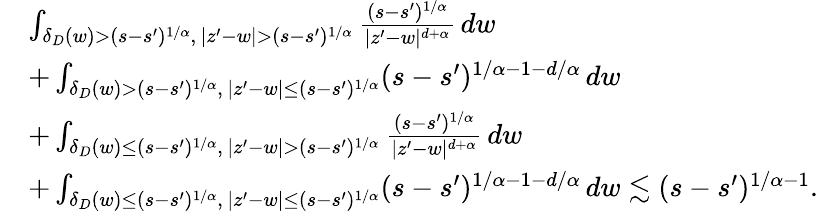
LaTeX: \begin{array}{rl}&{\int_{\delta_{D}(w)>(s-s^{\prime})^{1/\alpha},\, |z^{\prime}-w|>(s-s^{\prime})^{1/\alpha}}\frac{(s-s^{\prime})^{1/\alpha}}{|z^{\prime}-w|^{d+\alpha}}\, dw}\\ &{+\int_{\delta_{D}(w)>(s-s^{\prime})^{1/\alpha},\, |z^{\prime}-w|\leq(s-s^{\prime})^{1/\alpha}}(s-s^{\prime})^{1/\alpha-1-d/\alpha}\, dw}\\ &{+\int_{\delta_{D}(w)\leq(s-s^{\prime})^{1/\alpha},\, |z^{\prime}-w|>(s-s^{\prime})^{1/\alpha}}\frac{(s-s^{\prime})^{1/\alpha}}{|z^{\prime}-w|^{d+\alpha}}\, dw}\\ &{+\int_{\delta_{D}(w)\leq(s-s^{\prime})^{1/\alpha},\, |z^{\prime}-w|\leq(s-s^{\prime})^{1/\alpha}}(s-s^{\prime})^{1/\alpha-1-d/\alpha}\, dw\lesssim(s-s^{\prime})^{1/\alpha-1}.}\end{array}